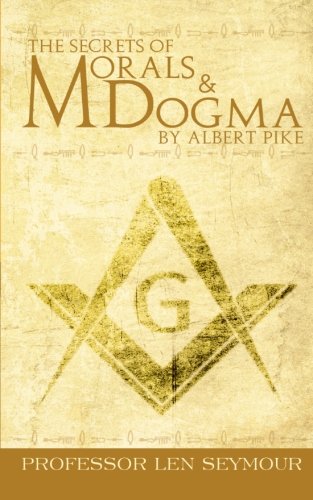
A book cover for The Secrets of Morals and Dogma by Albert Pike; Len Seymour; Religion & Spirituality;